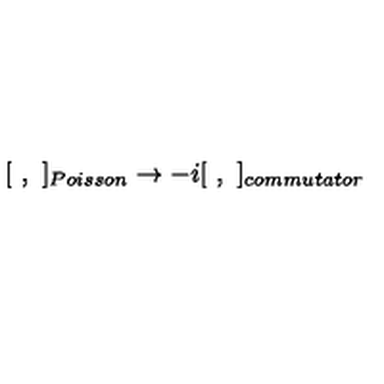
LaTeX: [ \ , \ ] _ { P o i s s o n } \to - i [ \ , \ ] _ { c o m m u t a t o r }